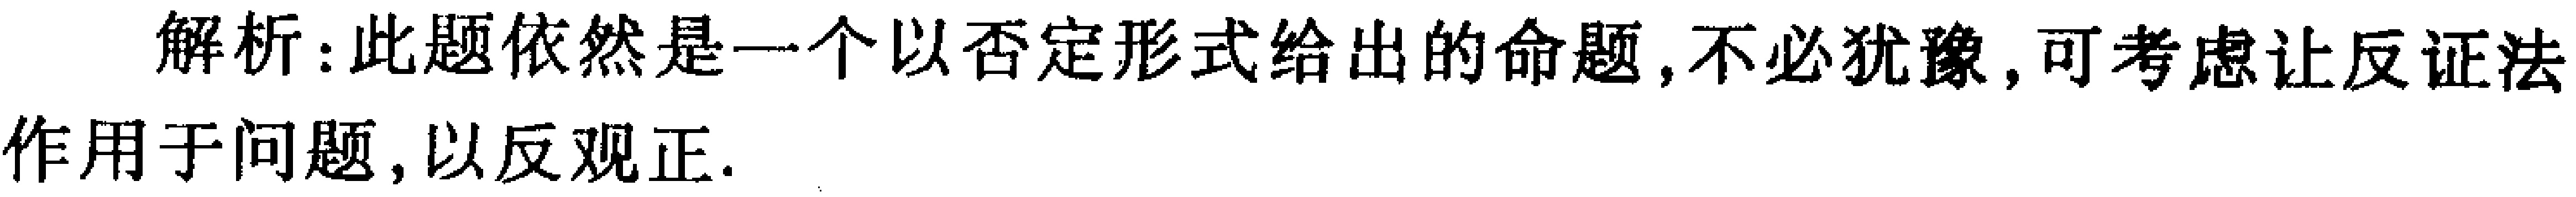
解析: 此题依然是一个以否定形式给出的命题, 不必犹豫, 可考虑让反证法作用于问题, 以反观正.